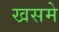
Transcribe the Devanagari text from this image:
खसमे